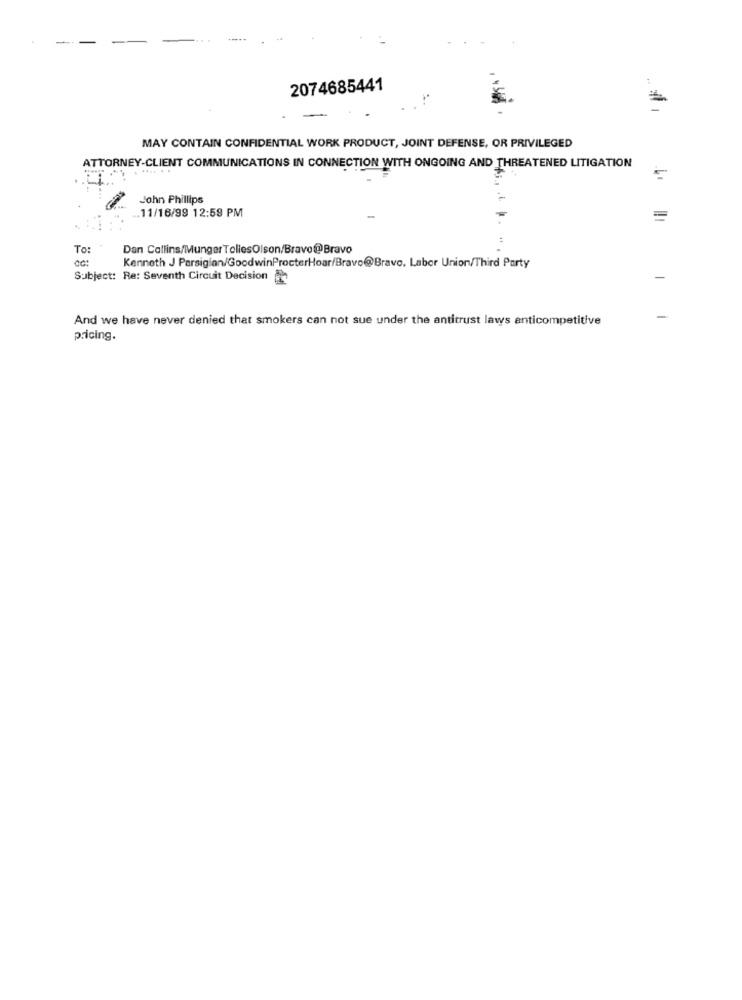
-
2074685441
-
MAY CONTAIN CONFIDENTIAL WORK PRODUCT, JOINT DEFENSE, OR PRIVILEGED
ATTORNEY-CLIENT COMMUNICATIONS IN CONNECTION WITH ONGOING AND THREATENED LITIGATION
John Phillips
.11/16/99 12:59 PM
To:
Dan Collins/Munger TollesOlson/Bravo@Bravo
Kenneth J Parsigion/GoodwinProcterHoar/Bravo@Bravo. Labor Union/Third Party
Subject: Re: Seventh Circuit Decision
And we have never denied that smokers can not sue under the antitrust laws anticompetitive
-
pricing.